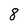
Character: 8